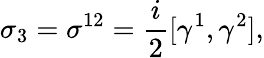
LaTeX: \sigma_{3}=\sigma^{12}={\frac{i}{2}}[\gamma^{1},\gamma^{2}],